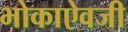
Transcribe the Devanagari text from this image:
भोकाऐवजी